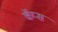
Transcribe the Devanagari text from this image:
कॅप्स